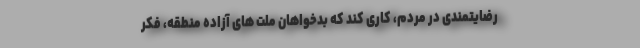
رضایتمندی در مردم، کاری کند که بدخواهان ملت های آزاده منطقه، فکر